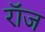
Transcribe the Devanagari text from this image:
रॉज